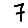
Digit: 7